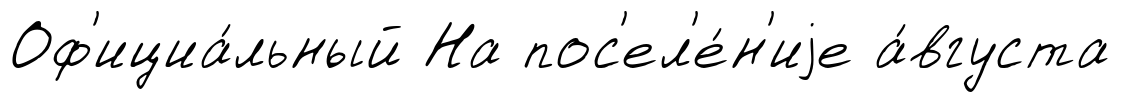
Оф'ициа́льный На пос'ел'е́н'иjе а́вгуста